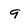
Character: 9